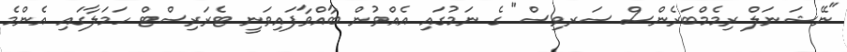
"ނޭޝަނަލް ރިމެމްބަރެންސް ސަރވިސް" ގެ ނަމުގައި އެއްވުން ބާއްވާފައިވަނީ ޓެރަރިސްޓް ހަމަލާގައި އެންމެ